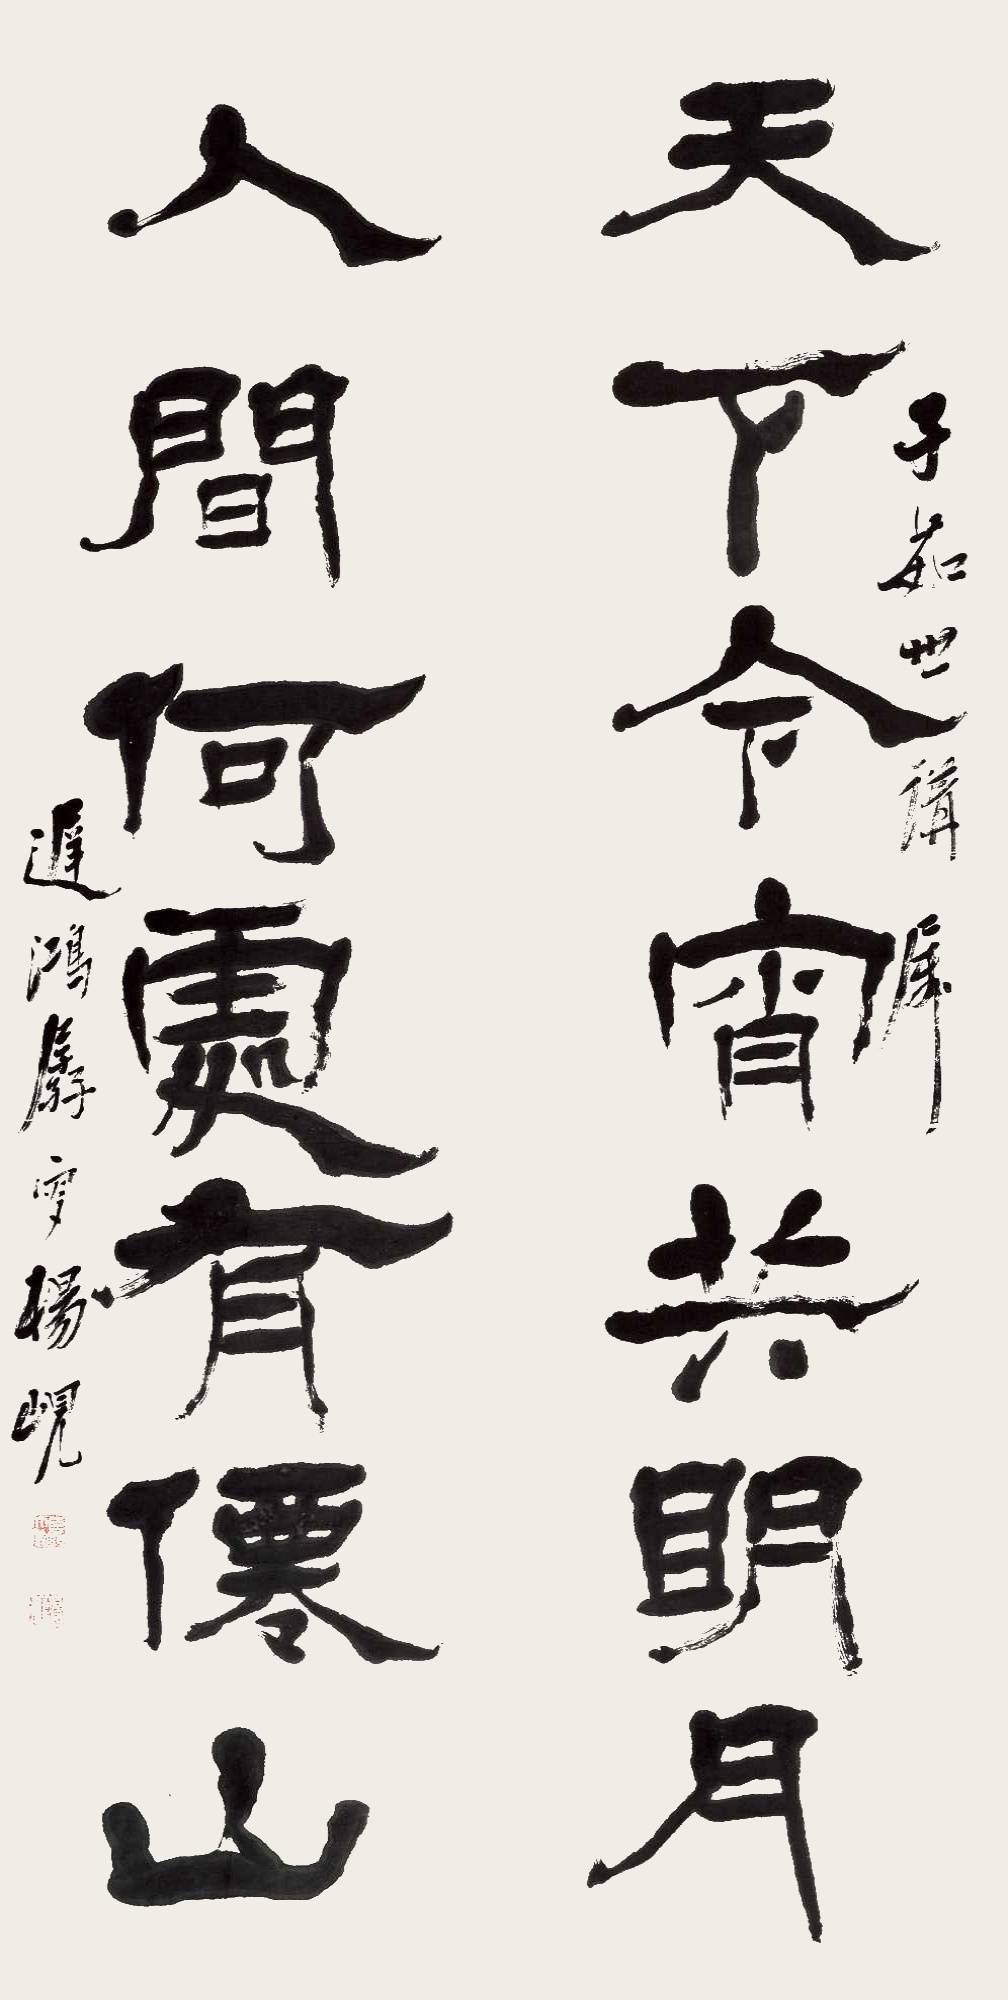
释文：天下今宵共明月，人间何处有仙山。子茹世讲属，迟鸿残叟杨岘。